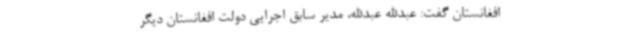
افغانستان گفت:‌ عبدالله عبدالله، مدیر سابق اجرایی دولت افغانستان دیگر